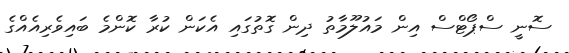
ސޮނީ ސްޕޯޓްސް އިން މައުލޫމާތު ދިން ގޮތުގައި އެކަން ކުރާ ކޮންމެ ބައިވެރިއެއްގެ